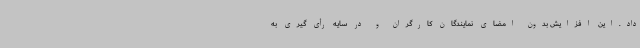
داد.این افزایش بدون امضای نمایندگان کارگران و در سایه رأی گیری به